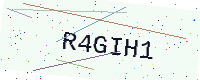
Text: R4GIH1